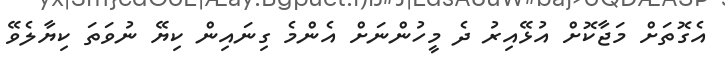
އެގޮތަށް މަޖާކޮށް އުޅޭއިރު ދެ މީހުންނަށް އެންމެ ގިނައިން ކިޔޭ ނުވަތަ ކިޔާލެވޭ